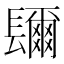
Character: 镾